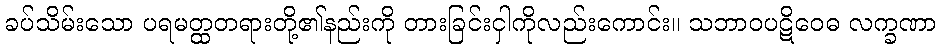
ခပ်သိမ်းသော ပရမတ္ထတရားတို့၏နည်းကို တားခြင်းငှါကိုလည်းကောင်း။ သဘာဝပဋိဝေဓ လက္ခဏာ